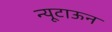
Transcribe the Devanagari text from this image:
न्यूटाऊन